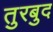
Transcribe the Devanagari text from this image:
तुरबुद